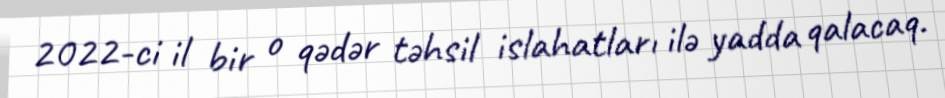
2022-ci il bir o qədər təhsil islahatları ilə yadda qalacaq.